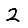
Digit: 2